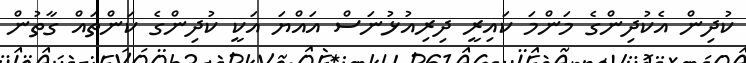
ކުދިން އެކުދިންގެ މަންމަ ކައިރީ ދިރިއުޅުނަސް އައްޔަ އަކީ ކުދިންގެ ކަންތައް ގާތުން